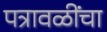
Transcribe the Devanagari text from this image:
पत्रावळींचा